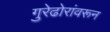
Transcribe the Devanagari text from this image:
गुरेढोरांवरून